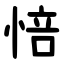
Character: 㥉